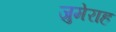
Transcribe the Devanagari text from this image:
जुमेराह